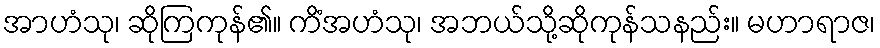
အာဟံသု၊ ဆိုကြကုန်၏။ ကိံအဟံသု၊ အဘယ်သို့ဆိုကုန်သနည်း။ မဟာရာဇ၊